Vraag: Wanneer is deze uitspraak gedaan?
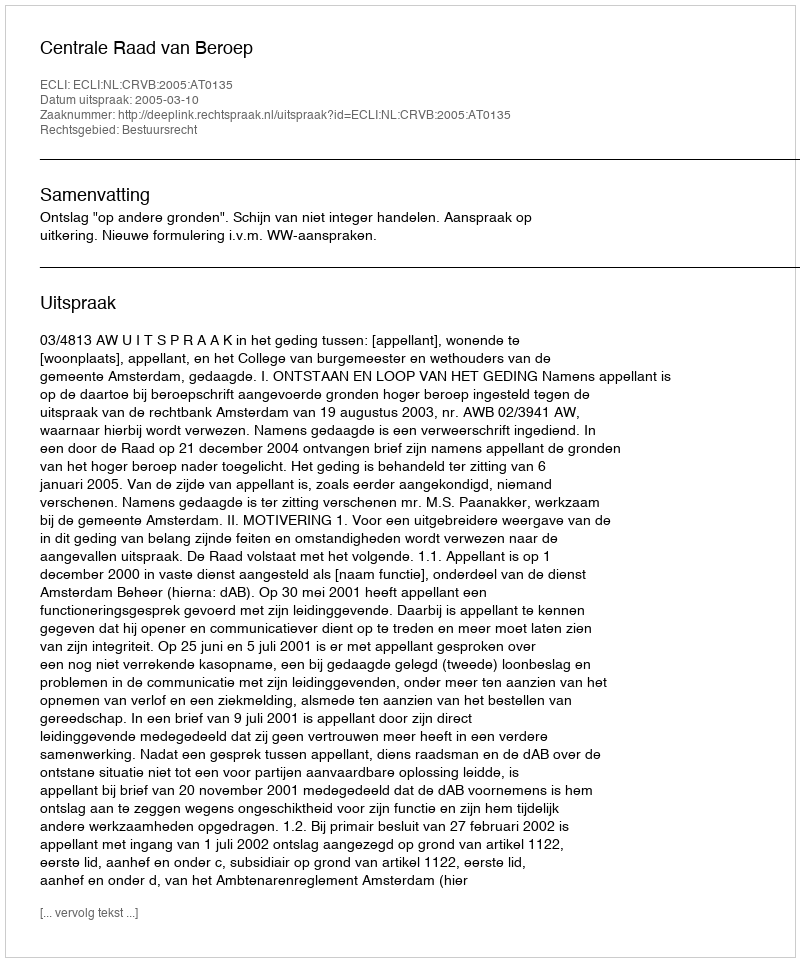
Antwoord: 2005-03-10